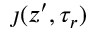
\boldsymbol { \jmath } ( z ^ { \prime } , \tau _ { r } )